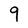
Character: 9